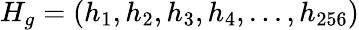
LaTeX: H_{g}=(h_{1},h_{2},h_{3},h_{4},...,h_{256})